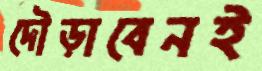
দৌড়াবেনই